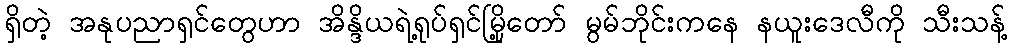
ရှိတဲ့ အနုပညာရှင်တွေဟာ အိန္ဒိယရဲ့ရုပ်ရှင်မြို့တော် မွမ်ဘိုင်းကနေ နယူးဒေလီကို သီးသန့်